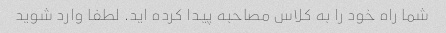
شما راه خود را به کلاس مصاحبه پیدا کرده اید. لطفا وارد شوید